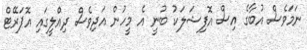
ނަމަވެސް އުބާގެ އިސް އޮފިޝަލަކު ބުނީ އެ މީހުން އަދިވެސް ދިއްލީގައި އޮޕަރޭޓް